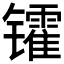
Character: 𫔓